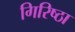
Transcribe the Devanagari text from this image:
गिरिष्ठा